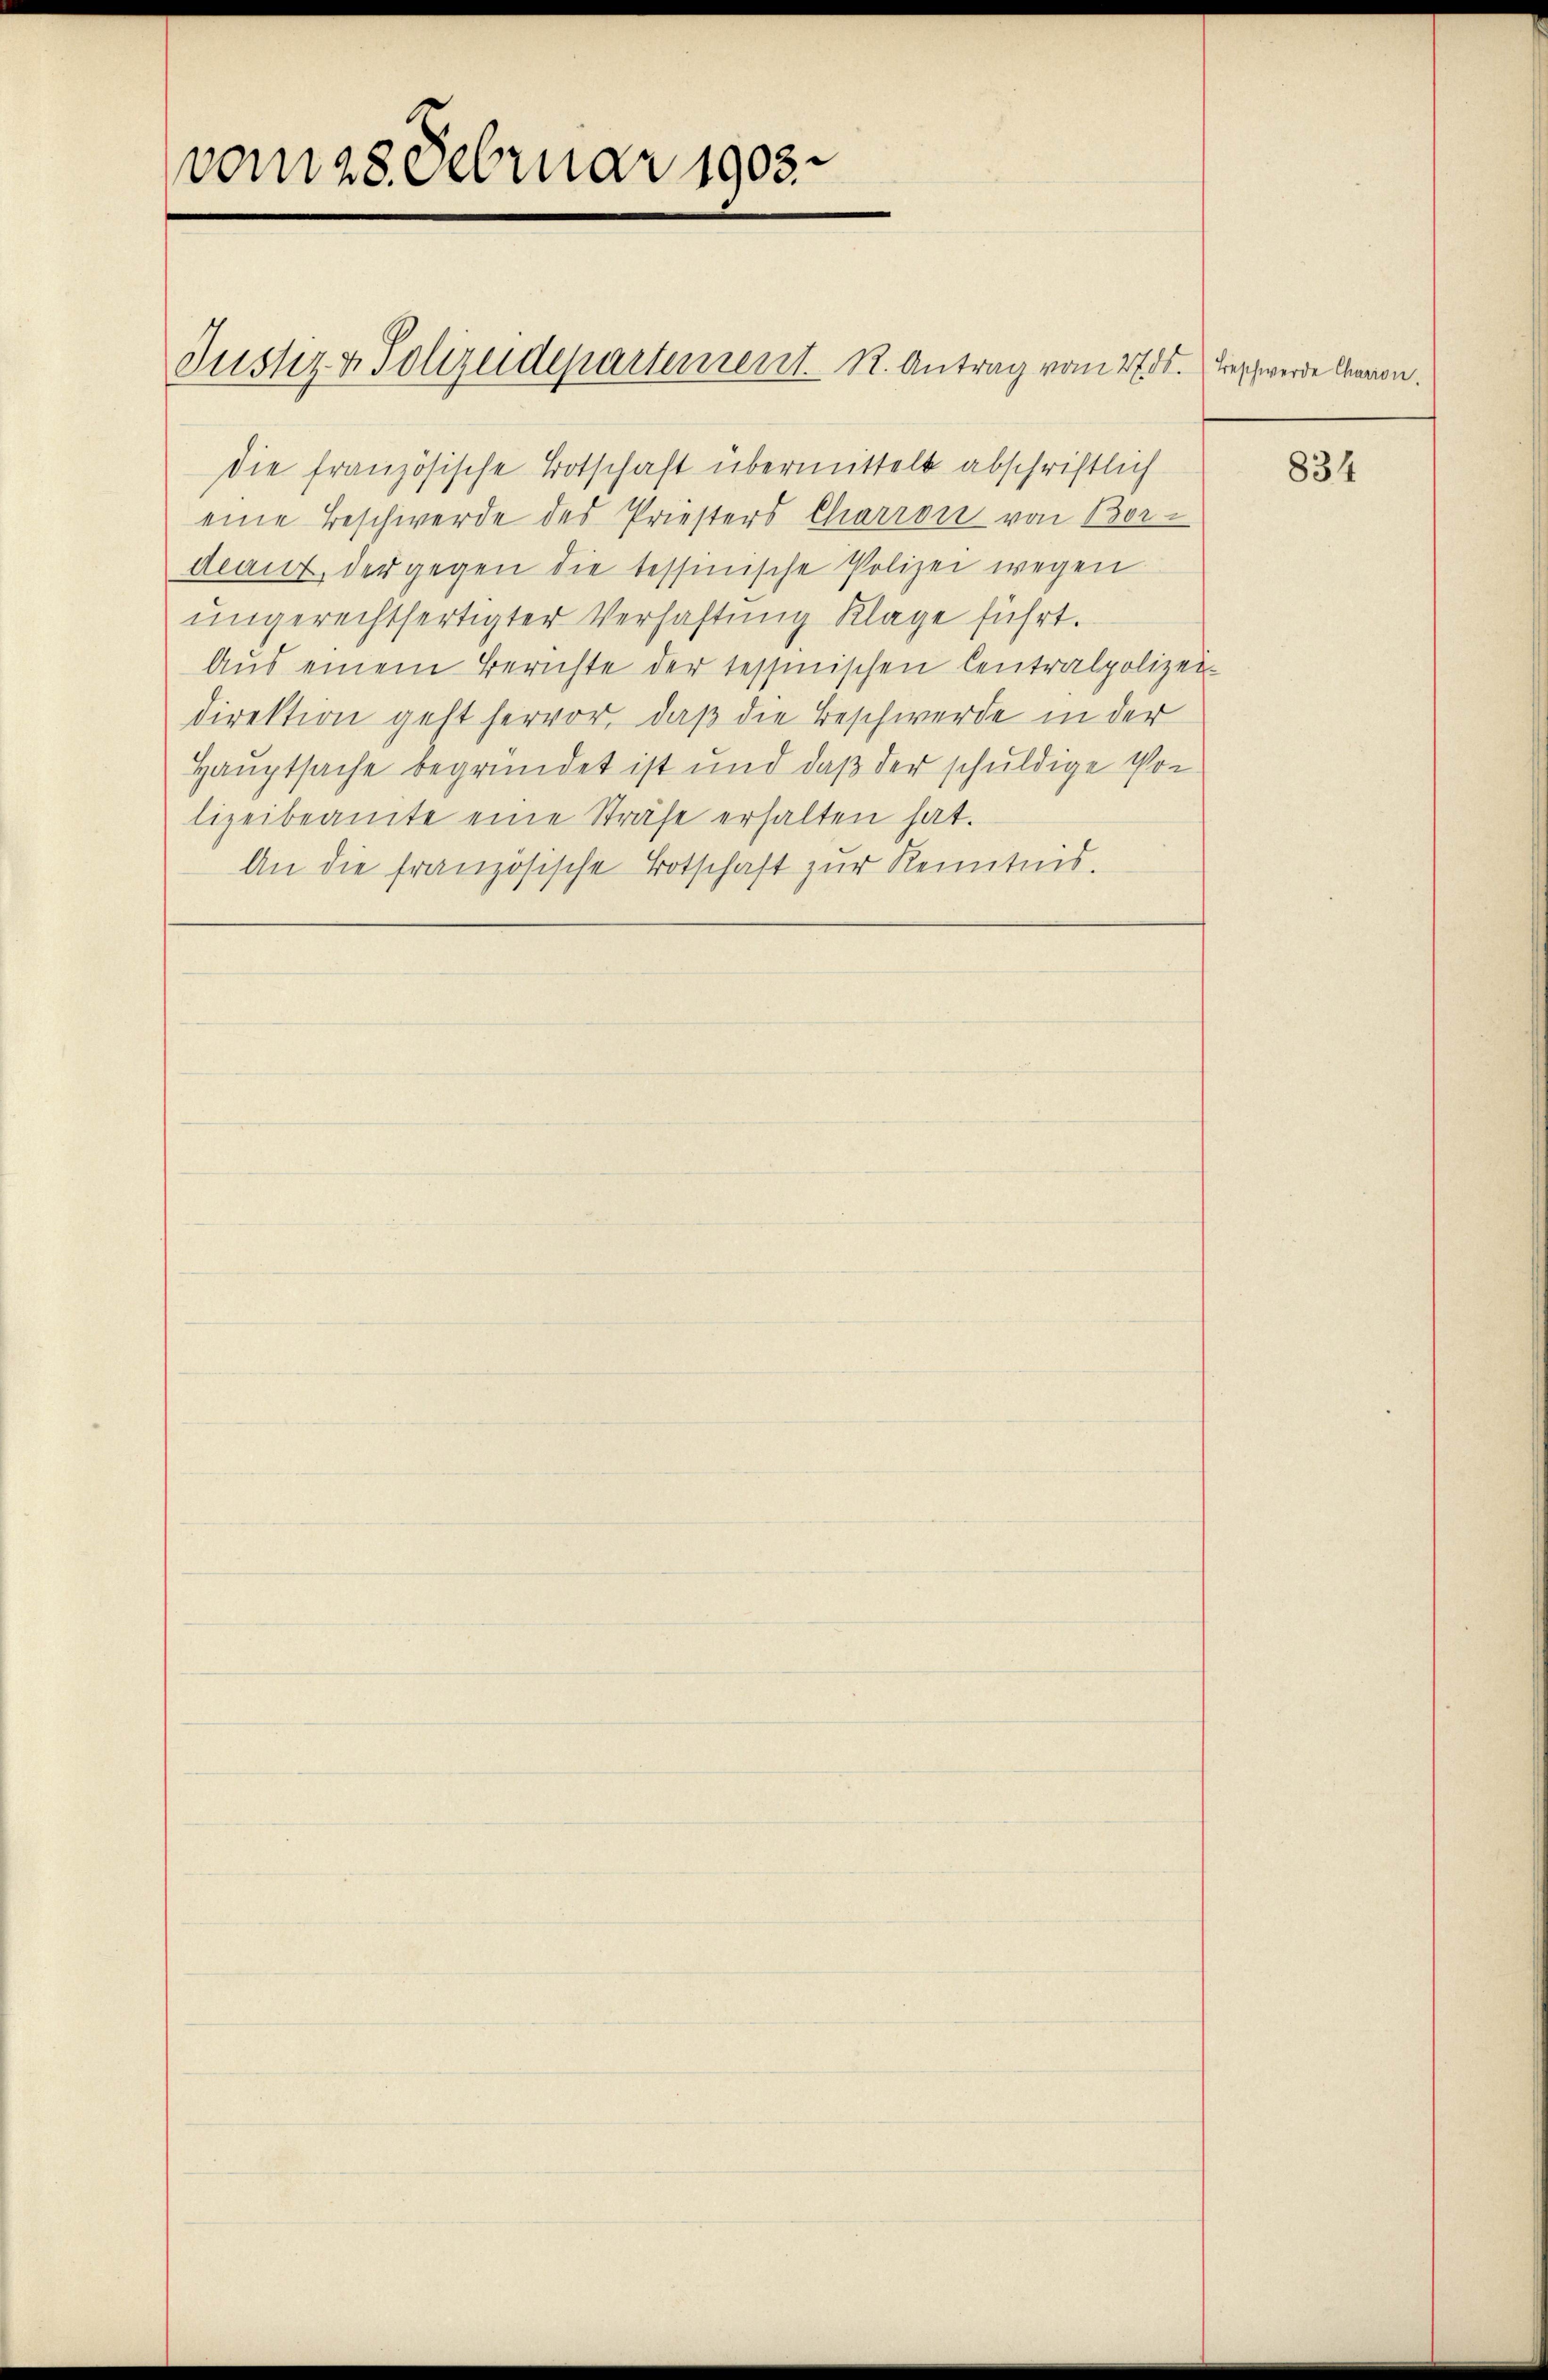
vom 28 Februar 1903.

Justiz- & Polizeidepartement. R. Antrag vom 27. ds. Beschwerde davon.

die französische Botschaft übermittelt abschriftlich
eine Beschwerde des Priesters Charron von Bordeaut, der gegen die tessinische Polizei wegen
ungerechtfertigter Verhaftung Klage führt.
Aus einem Berichte der tessinischen Centralpolizei-
direktion geht hervor, daß die Beschwerde in der
Hauptsache begründet ist und daß der schuldige Vor-
lizeibeamte eine Sträfe erhalten hat.
An die französische Botschaft zur Kenntnis.

834